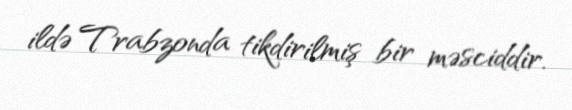
ildə Trabzonda tikdirilmiş bir məsciddir.